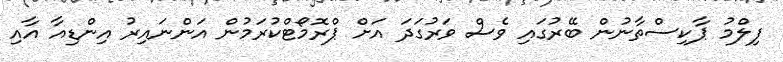
ފިލްމު ޕާކިސްތާނުން ބޭރުގައި ވެސް ވަރުގަދަ އަށް ޕްރޮމޯޓްކުރަމުން އަންނައިރު އިންޑިއާ އާއި